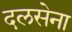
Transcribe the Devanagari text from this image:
दलसेना